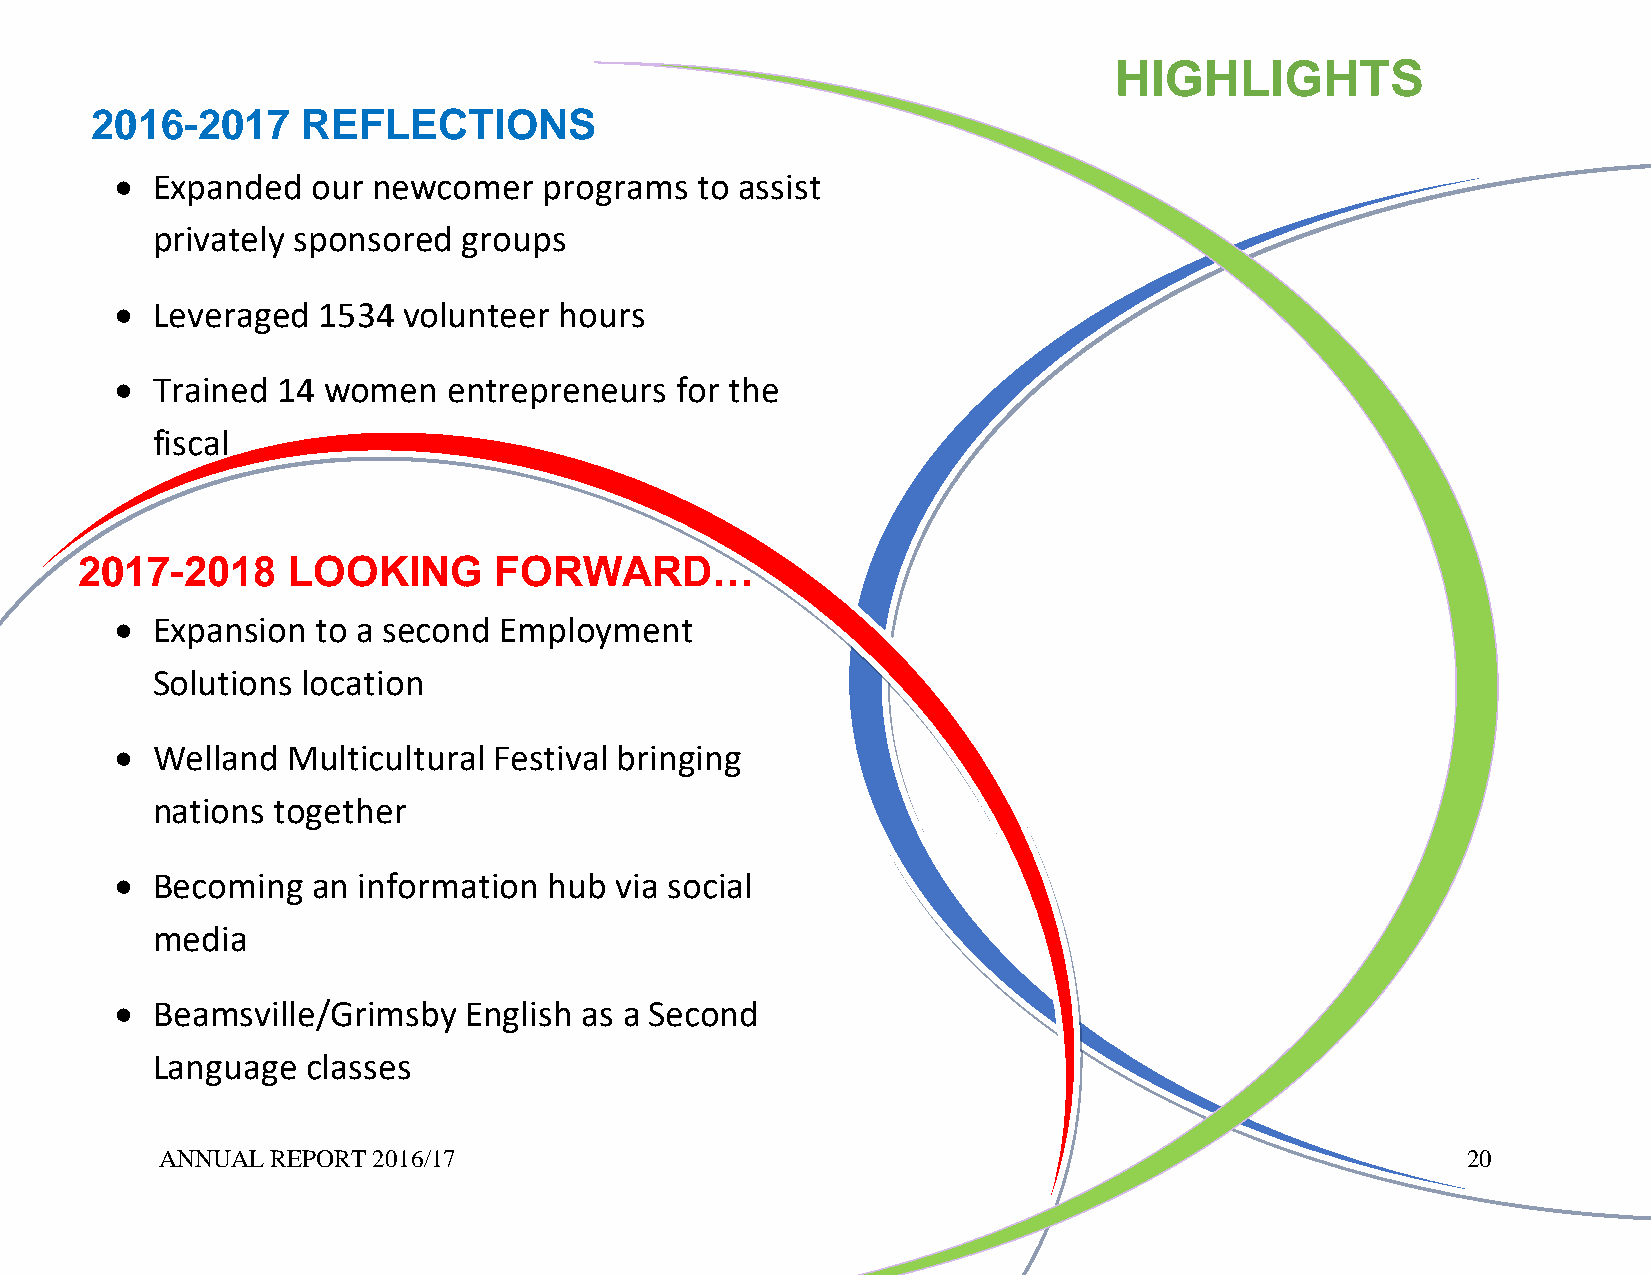
HIGHLIGHTS
 2016-2017     REFLECTIONS
  Expanded   our newcomer   programs  to assist
 privately sponsored  groups
  Leveraged  1534  volunteer hours
  Trained 14 women    entrepreneurs  for the
 fiscal
 2017-2018     LOOKING       FORWARD…
  E xpansion to a second Employme   nt
 Solutions location
  Welland  Multicultural Festival bringing
 nations together
  Becoming   an information hub  via social
 media
  Beamsville/Grimsby   English as a Second
 Language  classes
 ANNUAL REPORT 2016/17                                                                 20